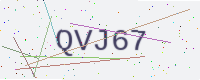
Text: QVJ67